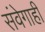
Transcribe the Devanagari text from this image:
संवेगाही